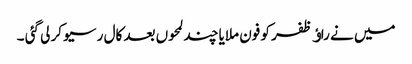
میں نے راﺅ ظفر کو فون ملایا چند لمحوں بعد کال رسیو کر لی گئی ۔